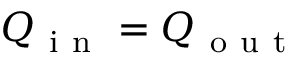
Q _ { \mathrm { ~ i ~ n ~ } } = Q _ { \mathrm { ~ o ~ u ~ t ~ } }